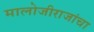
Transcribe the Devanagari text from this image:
मालोजीराजांचा